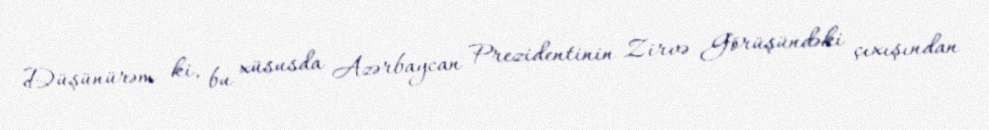
Düşünürəm ki, bu xüsusda Azərbaycan Prezidentinin Zirvə Görüşündəki çıxışından